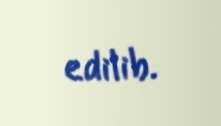
edilib.